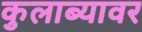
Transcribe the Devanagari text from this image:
कुलाब्यावर